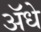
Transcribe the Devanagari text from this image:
ॲधे